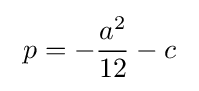
\ p=-{\frac {a^{2}}{12}}-c\